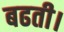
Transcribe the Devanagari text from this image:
बढती।